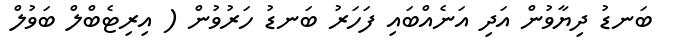
ބަނޑު ދިޔާވުން އަދި އަނެއްބައި ފަހަރު ބަނޑު ހަރުވުން ( އިރިޓެބްލް ބަވުލް